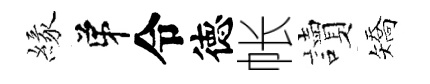
緣弟令徳帐讀矯